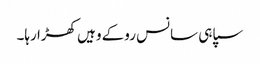
سپاہی سانس روکے وہیں کھڑا رہا۔